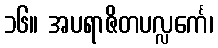
၁၆။ အပရာဇိတပလ္လင်္ကေ၊